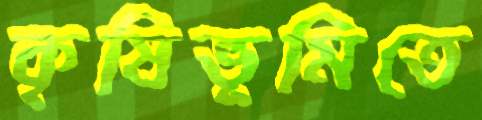
কৃষিভূমিতে